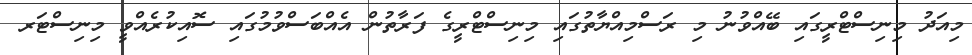
މިއަދު މިނިސްޓްރީގައި ބޭއްވުނު މި ރަސްމިއްޔާތުގައި މިނިސްޓްރީގެ ފަރާތުން އެއްބަސްވުމުގައި ސޮއިކުރެއްވީ މިނިސްޓަރ